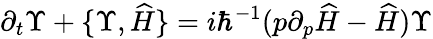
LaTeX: \partial_{t}\Upsilon+\{ \Upsilon,\widehat{H}\} =i\hbar^{-1}(p\partial_{p}\widehat{H}-\widehat{H})\Upsilon